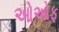
ઓઓફ